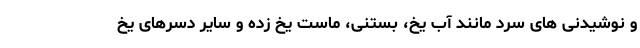
و نوشیدنی های سرد مانند آب یخ، بستنی، ماست یخ زده و سایر دسرهای یخ